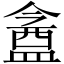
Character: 盦